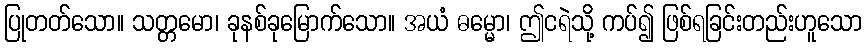
ပြုတတ်သော။ သတ္တမော၊ ခုနစ်ခုမြောက်သော။ အယံ ဓမ္မော၊ ဤငရဲသို့ ကပ်၍ ဖြစ်ရခြင်းတည်းဟူသော